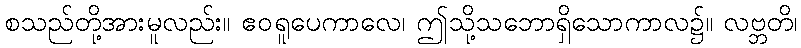
စသည်တို့အားမူလည်း။ ဧဝရူပေကာလေ၊ ဤသို့သဘောရှိသောကာလ၌။ လဗ္ဘတိ၊